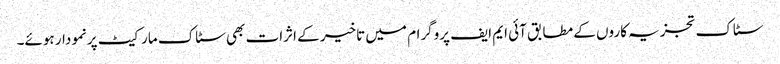
سٹاک تجزیہ کاروں کے مطابق آئی ایم ایف پروگرام میں تاخیر کے اثرات بھی سٹاک مارکیٹ پرنمودار ہوئے۔